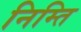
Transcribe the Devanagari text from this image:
निम्ति